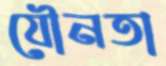
যৌনতা